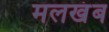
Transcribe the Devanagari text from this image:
मलखंब